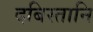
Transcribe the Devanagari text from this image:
दबिस्तानि